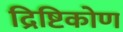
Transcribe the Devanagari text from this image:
द्रिष्टिकोण